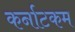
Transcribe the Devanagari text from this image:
कर्नाटकम